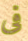
فى